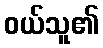
ဝယ်သူ၏